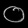
Digit: ၀